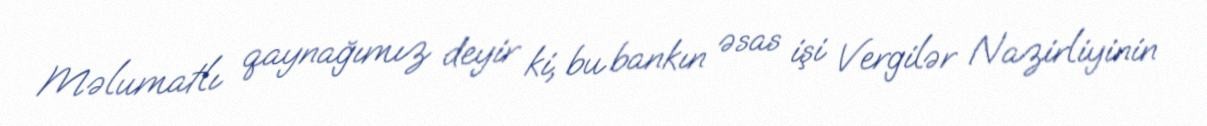
Məlumatlı qaynağımız deyir ki, bu bankın əsas işi Vergilər Nazirliyinin